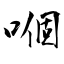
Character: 嗰